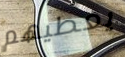
يعطيهم